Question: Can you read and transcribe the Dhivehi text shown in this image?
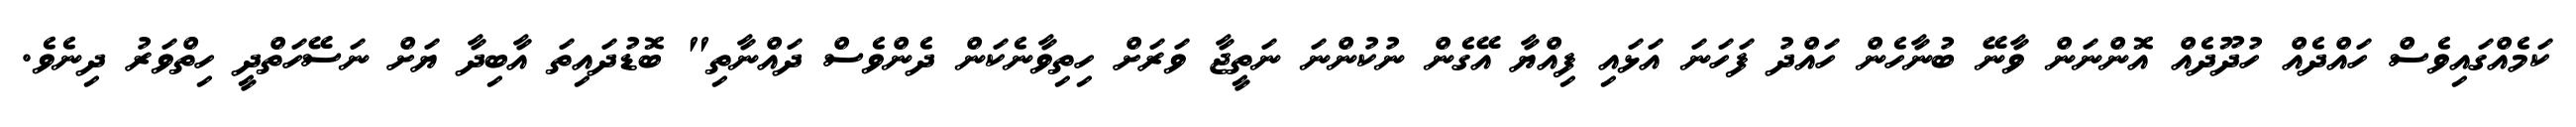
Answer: ކަމެއްގައިވެސް ހައްދެއް ހުދޫދެއް އޮންނަން ވާނޭ ބުނާހެން ހައްދު ފަހަނަ އަޅައި ފިއްޔާ އޭގެން ނުކުންނަ ނަތީޖާ ވަރަށް ހިތިވާނެކަން ދެންވެސް ދައްނާތި" ބޮޑުދައިތަ އާބިދާ ޔަށް ނަސޭހަތްދީ ހިތްވަރު ދިނެވެ.